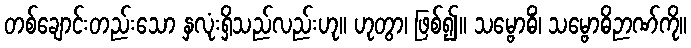
တစ်ချောင်းတည်းသော နှလုံးရှိသည်လည်းဟု။ ဟုတွာ၊ ဖြစ်၍။ သမ္ဗောဓိံ၊ သမ္ဗောဓိဉာဏ်ကို။